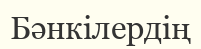
Бәнкілердің